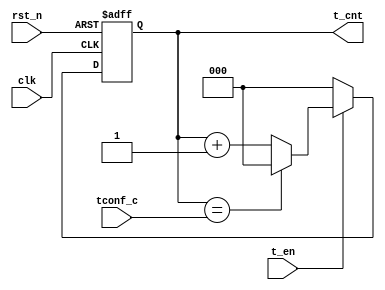
module T_COUNTER(
                 clk,
                 rst_n,
                 t_en,
                 tconf_c,
                 t_cnt
                );


input            clk;
input            rst_n;
input            t_en;

input   [2:0]    tconf_c;
output  [2:0]    t_cnt;


wire             clk;
wire             rstb;
wire             t_en;
wire    [2:0]    tconf_c;
reg     [2:0]    t_cnt_r;
wire    [2:0]    t_cnt;

assign t_cnt = t_cnt_r;

always @(posedge clk or negedge rst_n)
begin
    if (rst_n == 1'b0)
        t_cnt_r[2:0] <= #1 3'b0;
    else if (t_en == 1)
        begin
            if (t_cnt_r == tconf_c)
                t_cnt_r[2:0] <= #1 3'b0;
            else
                t_cnt_r[2:0] <= #1 t_cnt_r[2:0] + 3'b001;
        end
    else
        t_cnt_r[2:0] <= #1 3'b0;
end

endmodule